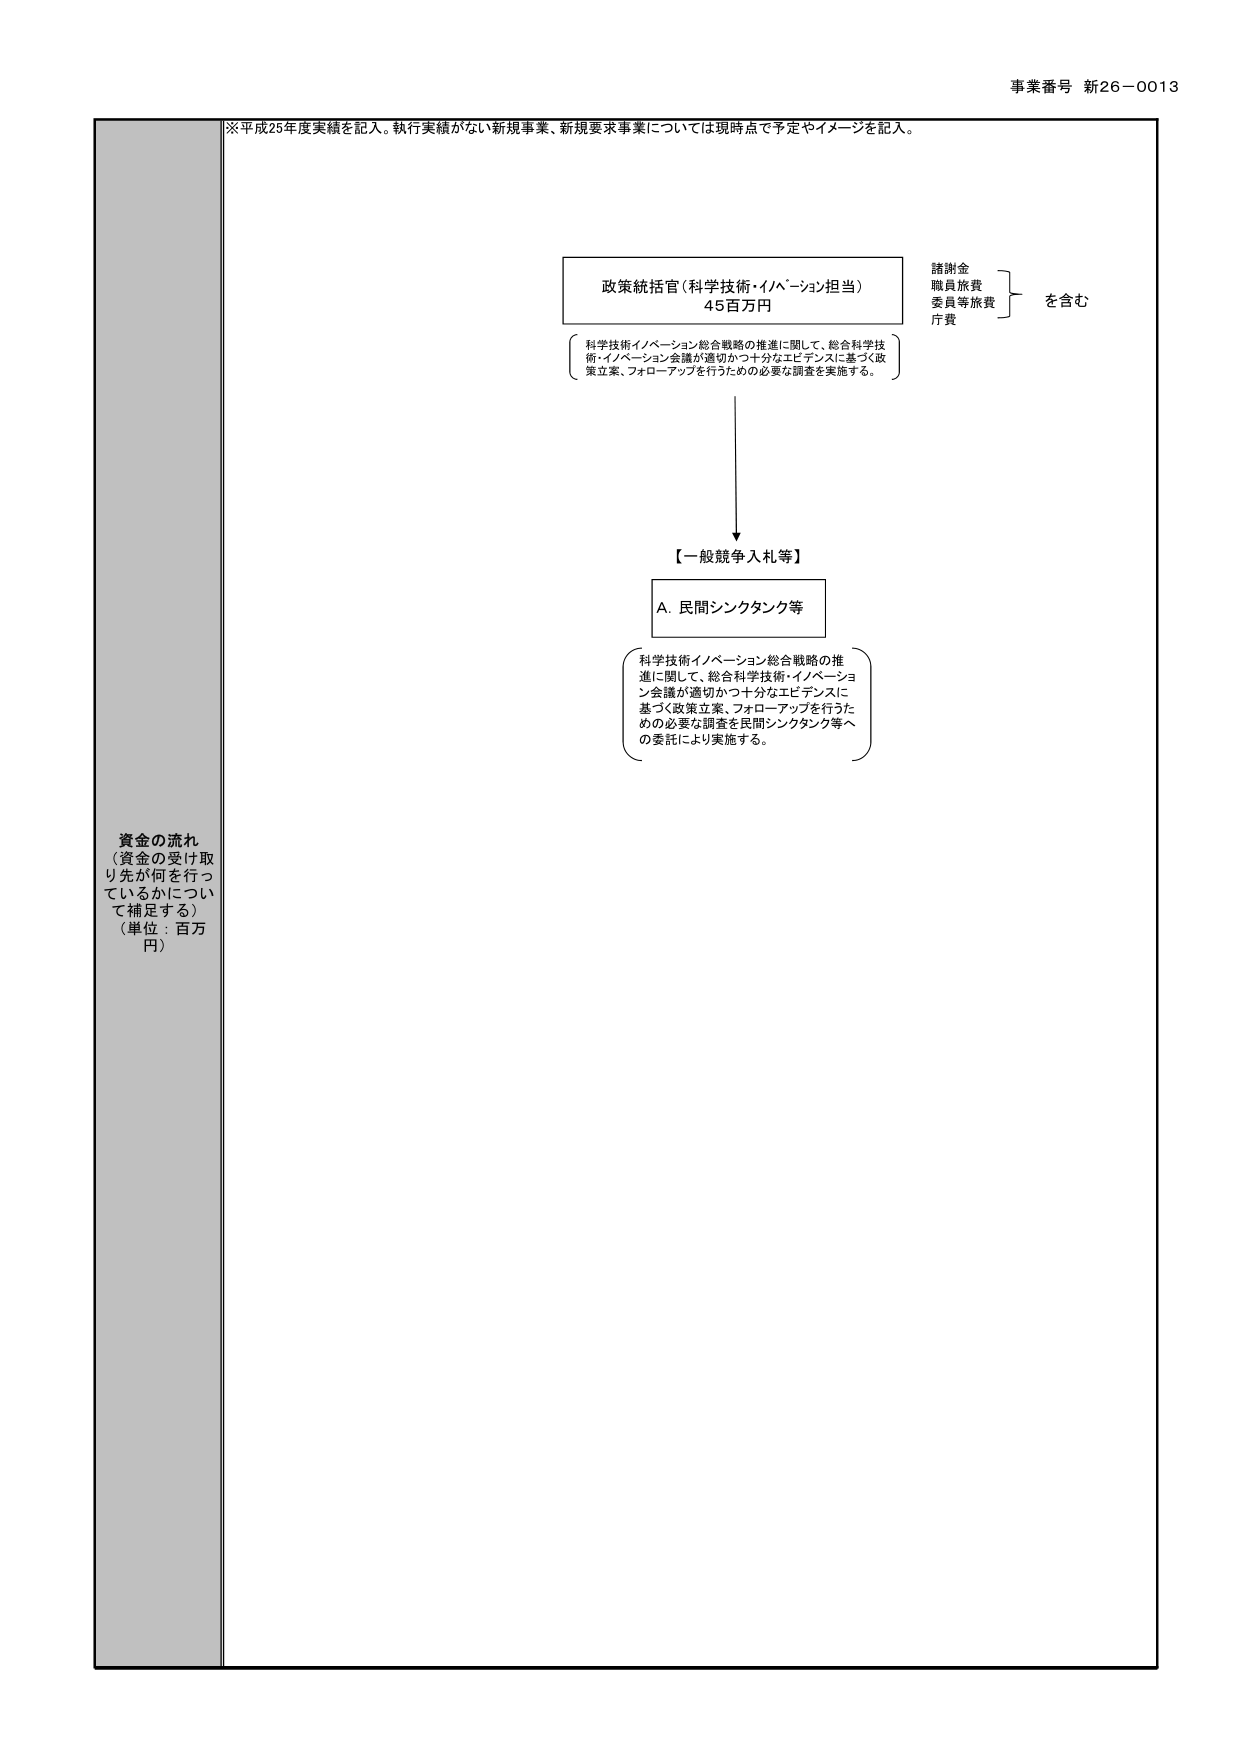
事業番号 新26-0013

※平成25年度実績を記入。執行実績がない新規事業、新規要求事業については現時点で予定やイメージを記入。

資金の流れ
（資金の受け取り先が何を行っているかについて補足する）
（単位：百万円）

政策統括官（科学技術・イノベーション担当）
45百万円

科学技術イノベーション総合戦略の推進に関して、総合科学技術・イノベーション会議が適切かつ十分なエビデンスに基づく政策立案、フォローアップを行うための必要な調査を実施する。

諸謝金
職員旅費
委員等旅費
庁費
を含む

【一般競争入札等】

A. 民間シンクタンク等

科学技術イノベーション総合戦略の推進に関して、総合科学技術・イノベーション会議が適切かつ十分なエビデンスに基づく政策立案、フォローアップを行うための必要な調査を民間シンクタンク等への委託により実施する。